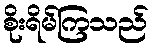
စိုးရိမ်ကြသည်